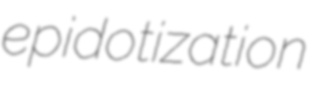
epidotization